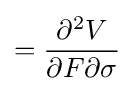
={\frac {\partial ^{2}V}{\partial F\partial \sigma }}